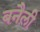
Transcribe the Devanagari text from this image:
बनैली